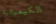
الكيميائية